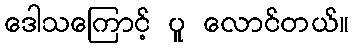
ဒေါသကြောင့် ပူ လောင်တယ်။